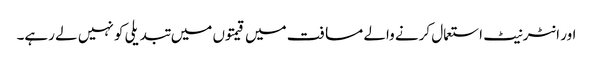
اور انٹرنیٹ استعمال کرنے والے مسافت میں قیمتوں میں تبدیلی کو نہیں لے رہے۔